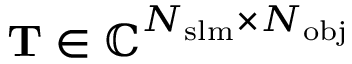
\mathbf { T } \in \mathbb { C } ^ { N _ { \mathrm { { s l m } } } \times N _ { \mathrm { { o b j } } } }